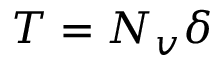
T = N _ { v } \delta